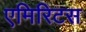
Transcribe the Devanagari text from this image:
एमिरिटस